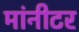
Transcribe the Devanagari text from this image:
मांनीटर